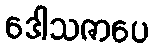
ဒေါသဇာပေ